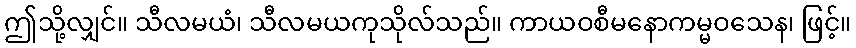
ဤသို့လျှင်။ သီလမယံ၊ သီလမယကုသိုလ်သည်။ ကာယဝစီမနောကမ္မဝသေန၊ ဖြင့်။